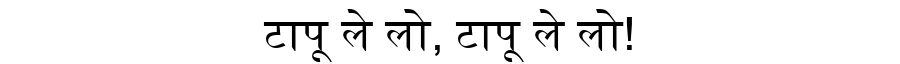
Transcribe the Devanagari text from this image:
टापू ले लो, टापू ले लो!